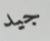
جيد